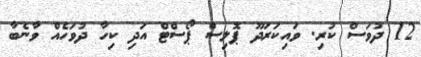
12 ދުވަސް ކުރި. ވައިކަރަދޫ ޕޮލިސް ޕޯސްޓް އަދި ކިހާ ދުވަހެއް ވާނެބާ